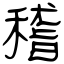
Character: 稽